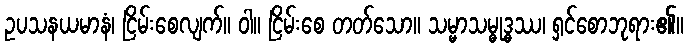
ဥပသနယမာနံ၊ ငြိမ်းစေလျက်။ ဝါ။ ငြိမ်းစေ တတ်သော။ သမ္မာသမ္ဓုဒ္ဓဿ၊ ရှင်စောဘုရား၏။